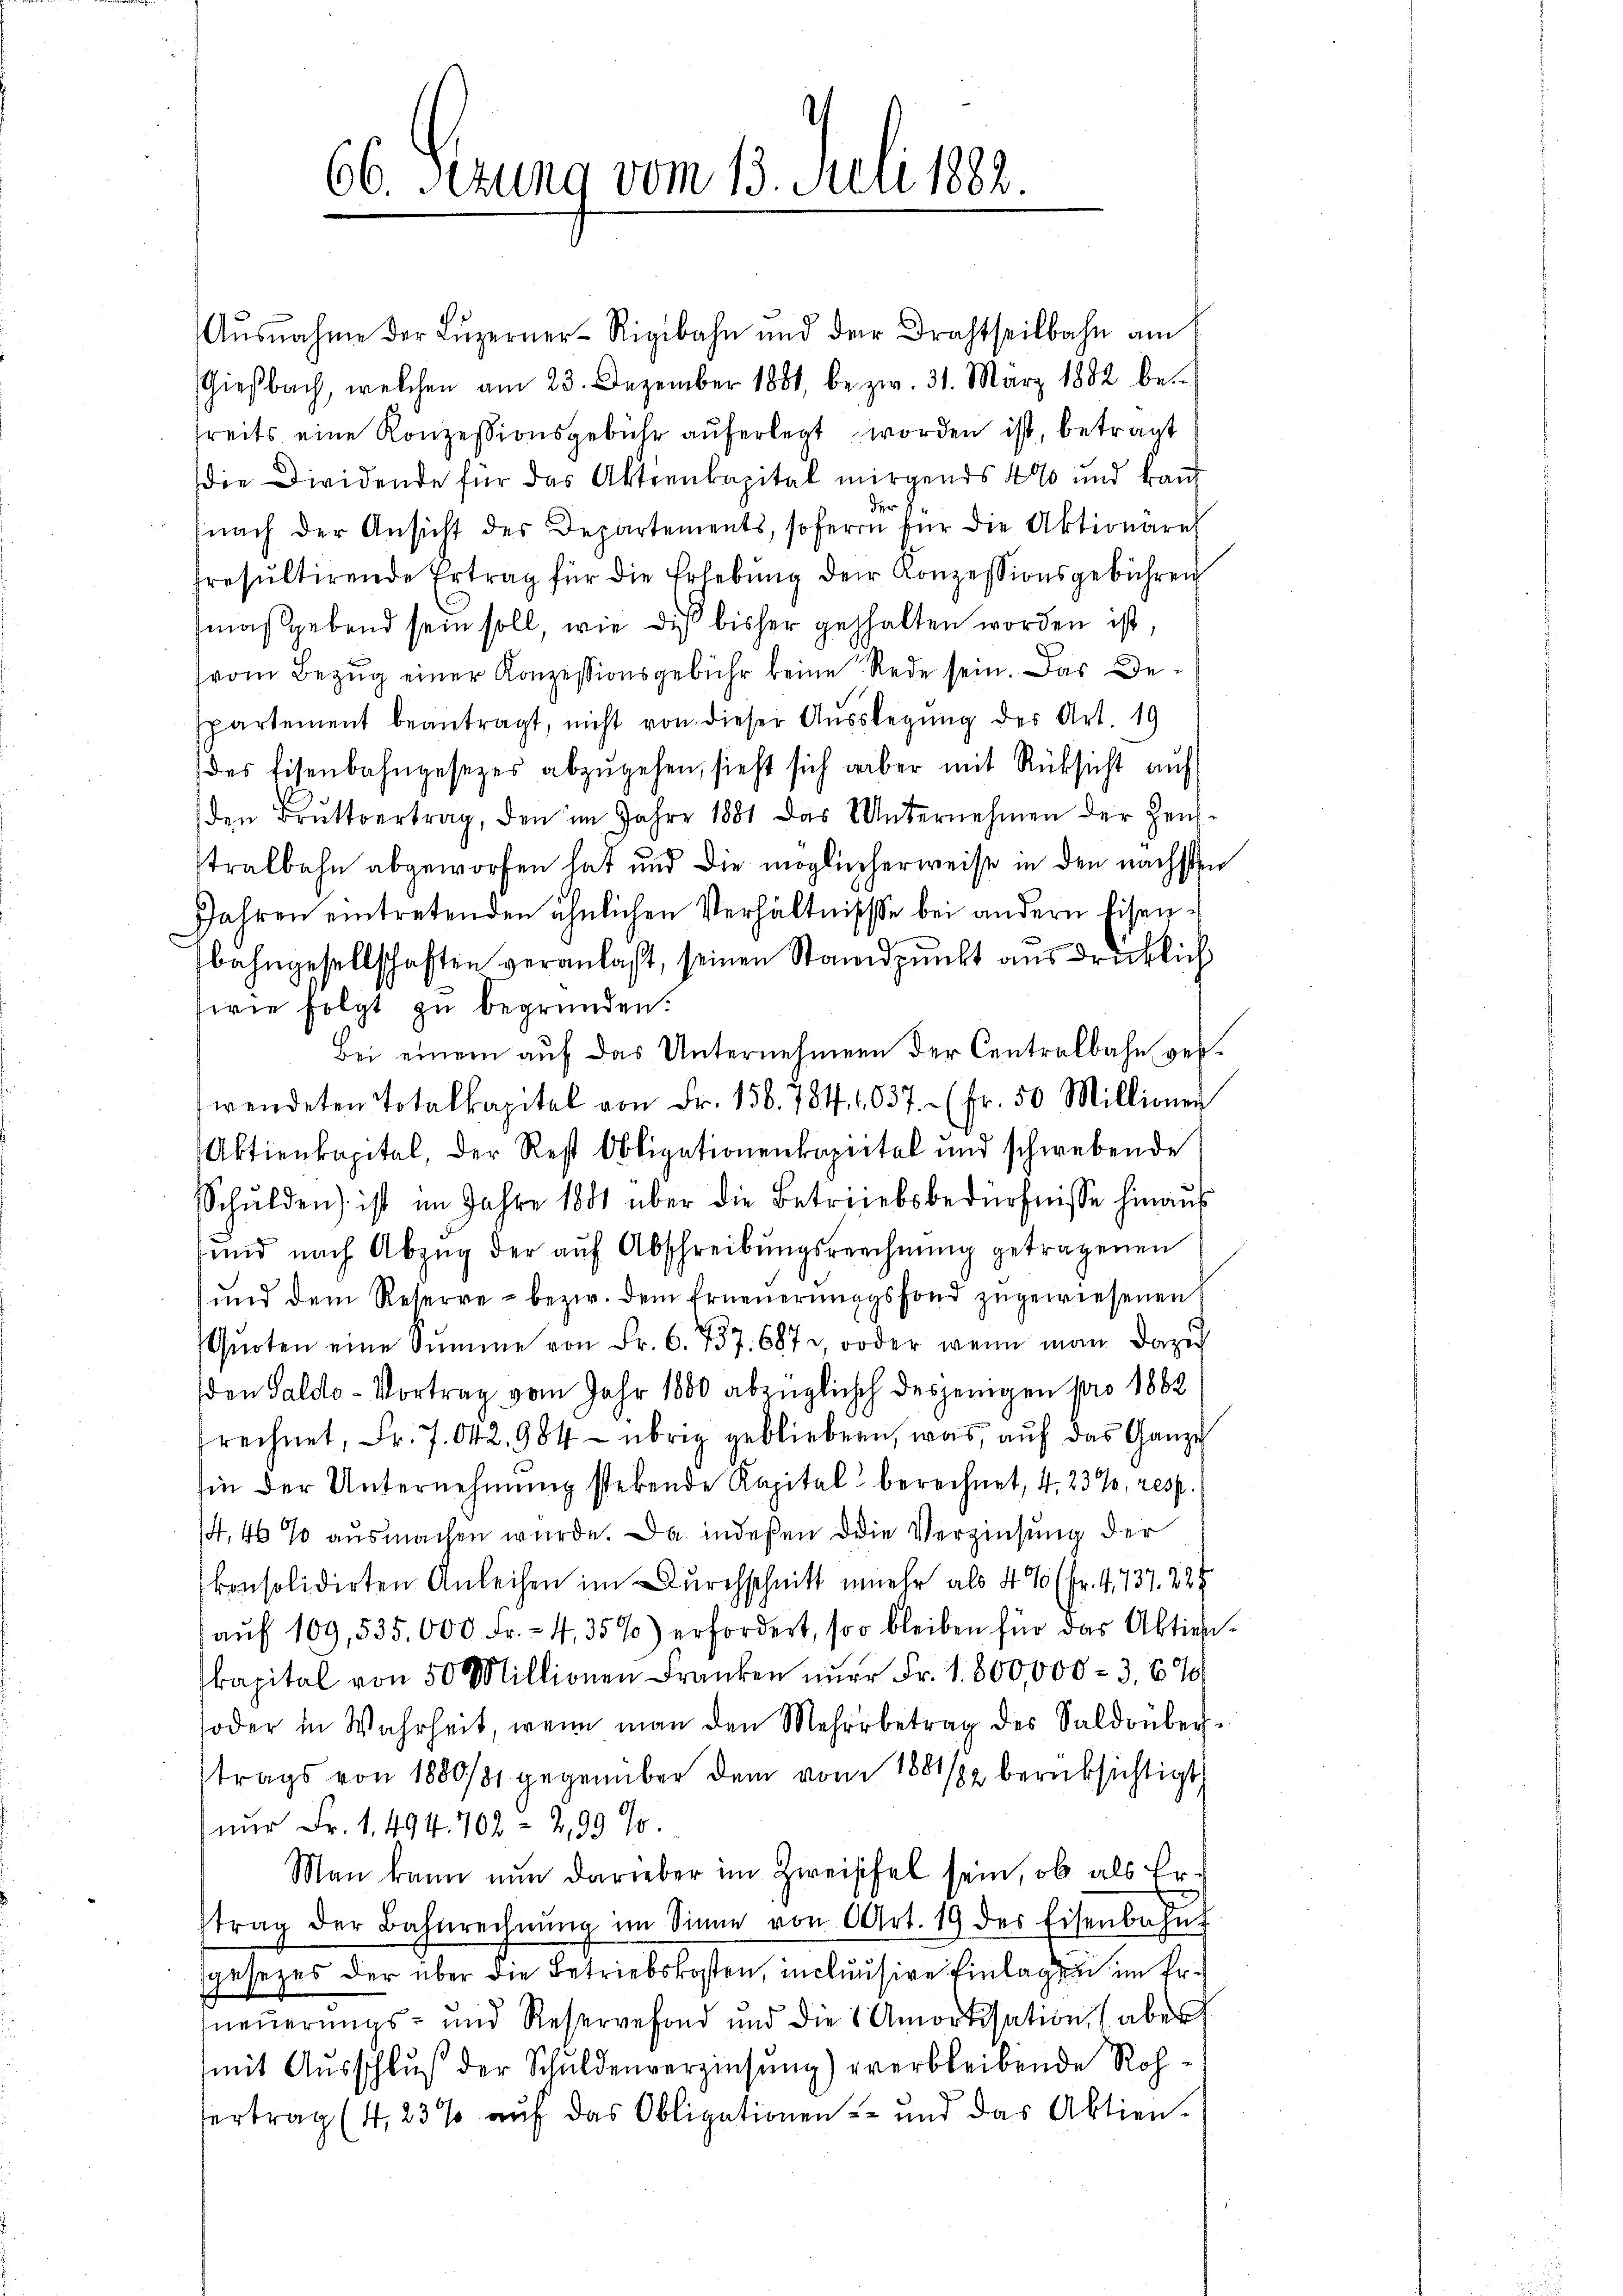
t
66. Sezung vom 13. Juni 1882.

Aŭsnahme der Lŭzerner-Rigibahn und der Brachtheilbahn am
Giesbach, welchen am 23. Dezember 1881, bezw. 31. März 1882 be-
treits eine Konzessionsgebühr auferlegt worden ist, betragt
die Dividende für das Aktienkapital mirgends 400 und kant
nach der Ansicht des Departements, sofern für die Aktionares
presultirende Ertrag für die Erlebŭng der Konzessionsgebühren
maßgebend sein soll, wie dieß bisher gehalten worden ist,
vom Bezug einer Konzessionsgebühr keine Rede sein. Das Despartement beantragt, nicht von dieser Auslegung des Art. 19
des Eisenbahngesezes abzŭgehen, sieht sich aber mit Rücksicht auf
den Brŭttvertrag, den im Jahre 1881 das Unternehmen der Hen-
stralbahn abgeworfen hat und die möglicherweise in den nächsten
Jahren eintretenden ähnlichen Verhältnisse bei andern Eisen-
bahngesellschaften veranlaßt, seinen Standpunkt ausdrücklich
wie folgt zu begründen.
Bei einem auf das Unternehmen der Centralbahn verwendeten Totalkapital von Fr. 158. 784. 1637. (Fr. 50 Millionen
Aktienkapital, der Rest Obligationenkapital und schwebende
Schulden) ist im Jahre 1881 über die Betriebsbedürfnisse hinaus
ŭnd nach Abzŭg der aŭf Abschreibŭngsrechnŭng getragenen
ŭnd dem Reserve - bezw. dem Erneŭerŭngsfond zugewiesenen
Qŭoten eine Summe von Fr. 6. 737. 687, oder wenn man dazu
den Saldo-Vortrag vom Jahr 1800 abzüglich desjenigen pro 1882
srechnet, Fr. 7042, 984- übrig gebliebern, was aŭf das Ganze
hin der Unternehmung stehende Kapital berechnet, 4, 23%, resp.
14, 46 % ausmachen wurde. Da indeßen die Verzinsung der
konsolidirten Anleihen im Durchschnitt mehr als 4 % (Fr. 4. 737. 228
aŭf 109, 535.000 Fr. 4, 35%) erfordert, soo bleiben für das Aktien-
kapital von 50 Millionen Franken nur Fr. 1800,000 - 3, 6 %
oder in Wahrheit, wenn man den Mehrbetrag des Saldrüber
trags von 1880/31 gegenüber dem vom 1881/82 berüksichtigt
nur Fr. 1. 494. 702 = 2,99 10.
Man kann nun darüber im Zweiffel sein, ob als Ertrag der Bahnrechnŭng im Sinne von Art. 19 der Eisenbahn
gesezes der über die Betriebskosten, inclusive Einlage im Erneuerungs- und Reservefond und die 1 Amortisation, aber
mit Ausschluß der Schuldenverzinsung) verbleibende Roh¬
Vertrag (4, 23 % auf das Obligationen und das Aktien¬